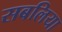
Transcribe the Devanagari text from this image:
सबलिया